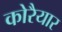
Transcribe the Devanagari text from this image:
कोरैयार